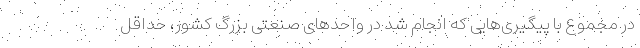
در مجموع با پیگیری‌هایی که انجام شد در واحدهای صنعتی بزرگ کشور، حداقل